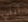
أنني